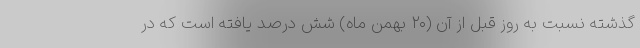
گذشته نسبت به روز قبل از آن (۲۰ بهمن ماه) شش درصد یافته است که در